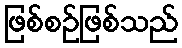
ဖြစ်စဉ်ဖြစ်သည်